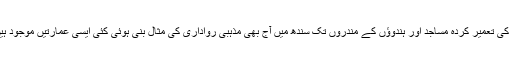
جین مندروں سے لے کر گرجا گھروں، مسلمانوں کی تعمیر کردہ مساجد اور ہندوؤں کے مندروں تک سندھ میں آج بھی مذہبی رواداری کی مثال بنی ہوئی کئی ایسی عمارتیں موجود ہیں جو سندھ کا صدیوں سے ایک خاص تعارف ہیں۔